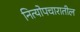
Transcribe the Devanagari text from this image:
नित्योपचारातील